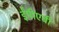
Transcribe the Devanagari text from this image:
ईपीएबी